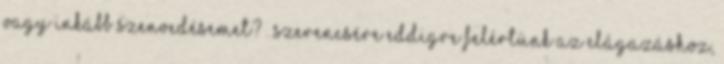
vagy inkább szenvedésemet? . Szerencsére eddigre felértünk az elágazáshoz,